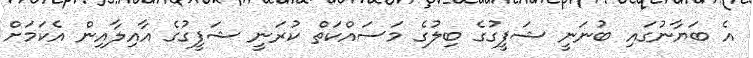
އެ ބަޔާނުގައި ބުނަނީ ޝަފީގުގެ ބިލުގެ މަސައްކަތް ކުރަނީ ޝަފީގުގެ އާއިލާއިން އެކަމަށް